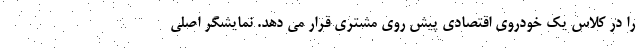
را در کلاس یک خودروی اقتصادی پیش روی مشتری قرار می دهد. نمایشگر اصلی